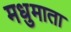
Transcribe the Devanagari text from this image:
मधुमाता